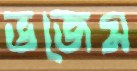
ভজেম